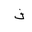
Letter: _fa